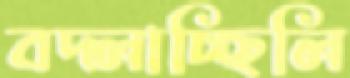
বদ্‌লাচ্ছিলি